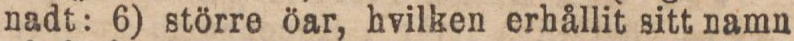
nadt: 6) större öar, hvilken erhållit sitt namn